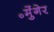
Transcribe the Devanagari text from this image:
॰मुेंगेर